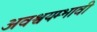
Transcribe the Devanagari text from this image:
अवश्वयम्भावी